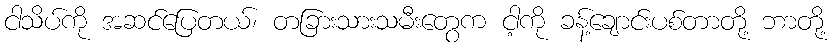
ငါသိပ်ကို အဆင်ပြေတယ်၊ တခြားသားသမီးတွေက ငါ့ကို ခန့်ချောင်းပစ်တာတို့ ဘာတို့